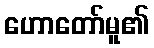
ဟောတော်မူ၏